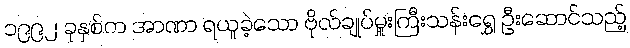
၁၉၉၂ ခုနှစ်က အာဏာ ရယူခဲ့သော ဗိုလ်ချုပ်မှူးကြီးသန်းရွှေ ဦးဆောင်သည့်